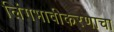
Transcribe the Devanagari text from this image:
लिंगभावीकरणाचा